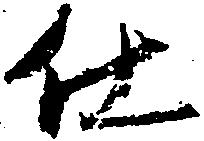
仕